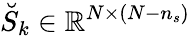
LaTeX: \breve{S}_{k}\in\mathbb{R}^{N\times(N-n_{s})}